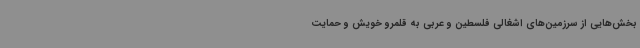
بخش‌هایی از سرزمین‌های اشغالی فلسطین و عربی به قلمرو خویش و حمایت